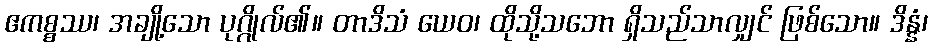
ဧကစ္စဿ၊ အချို့သော ပုဂ္ဂိုလ်၏။ တာဒိသံ ယေဝ၊ ထိုသို့သဘော ရှိသည်သာလျှင် ဖြစ်သော။ ဒိန္နံ၊